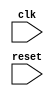
module always_negedge (
    input wire clk,
    input wire reset
);
    
    reg internal_state;

    always @(negedge clk) begin
        if(reset) begin
            internal_state <= 0;
        end else begin
            // Perform specified operations on falling edge of clock
            internal_state <= internal_state + 1;
        end
    end

endmodule